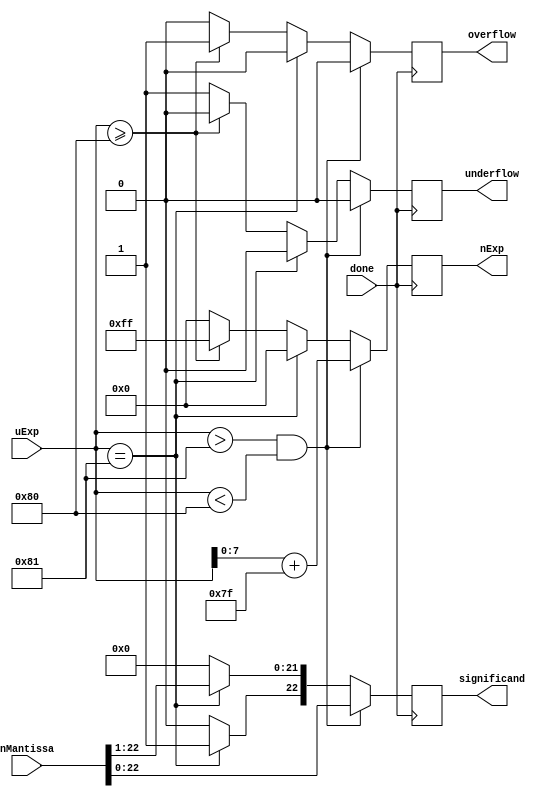
module normalizer(nMantissa, uExp, done, significand, nExp, underflow, overflow);
    //nManitssa - Normalized mantissa
    //uExp - Unnormalised exp
    //nManitssa - Normalized mantissa
    //nExp - Normalized exponent
    //underflow - underflow has occured (nExp < -127)
    //overflow - overflow has occured (nExp >= 128, i.e result is +- inf or NaN)

    input [23 : 0] nMantissa;
    input [8 : 0] uExp;
    input done;
    output [22 : 0] significand;
    output [7 : 0] nExp;
    output underflow, overflow;
    reg underflow_reg,overflow_reg;
    reg [22 : 0] significand_reg;
    reg [7 : 0] nExp_reg;

    always @(posedge done) begin 
        if($signed(uExp) > $signed(9'b110000001) && $signed(uExp) < $signed(9'b010000000)) begin // normal 
           // assign significand = nMantissa[22 : 0]; 
            //assign nExp = uExp + 127;

            //assign overflow = 0;
            //assign underflow = 0;
            significand_reg = nMantissa[22 : 0]; 
            nExp_reg = uExp + 9'b001111111;
            $display("A!! nExp = %8b, UEXP = %9b", nExp, uExp);
            overflow_reg = 0;
            underflow_reg = 0;
            
        end
        else if($signed(uExp) == $signed(9'b110000001)) begin // denormalised
            significand_reg[21 : 0] = nMantissa[22 : 1];
            significand_reg[22] = 1;
            nExp_reg = 8'b00000000;

            overflow_reg = 0;
            underflow_reg = 0;
        end
        else if($signed(uExp) >= $signed(9'b010000000)) begin // overflow
            significand_reg = 0;
            nExp_reg = 8'b11111111;

            overflow_reg = 1;
            underflow_reg = 0;
        end
        else begin // underflow
            significand_reg = 0;
            nExp_reg = 0;

            overflow_reg = 0;
            underflow_reg = 1;
        end
    end
    assign significand = significand_reg;
    assign nExp = nExp_reg;
    assign overflow = overflow_reg;
    assign underflow = underflow_reg;
endmodule

// module testme();
//     reg [23: 0] nMantissa;
//     reg signed [8 : 0] uExp;

//     wire [22 : 0] significand;
//     wire [7 : 0] nExp;
    
//     wire overflow;
//     wire underflow;

//     normalizer norm(nMantissa, uExp, significand, nExp, underflow, overflow);

//     reg boolTest;

    
//     initial begin
//         $monitor("nMantissa = %24b , uExp = %9b (%d) , significand = %23b, nExp = %8b(%d), overflow = %b, underflow = %b", nMantissa, uExp, uExp, significand, nExp,
//         nExp, overflow, underflow);

//         #1 nMantissa = 24'b100011010010100100101000; uExp = 9'b000001111;
//         boolTest = ($signed(uExp) > $signed(9'b110000001) && $signed(uExp) <  $signed(9'b010000000)) ? 1 : 0;
//         $display("boolTEst = %b ", boolTest);
//         #1 nMantissa = 24'b100011010010100100101000; uExp = 9'b110000001;
//         #1 nMantissa = 24'b100011010010100100101000; uExp = 9'b010000000;
//         #1 nMantissa = 24'b100011010010100100101000; uExp = 9'b110000000;


//     end

// endmodule